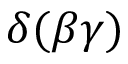
\delta ( \beta \gamma )